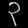
Digit: ၃